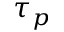
\tau _ { p }